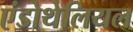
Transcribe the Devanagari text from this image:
एंडोथेलियल